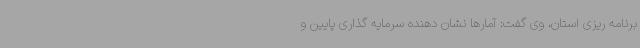
برنامه ریزی استان، وی گفت: آمارها نشان دهنده سرمایه گذاری پایین و